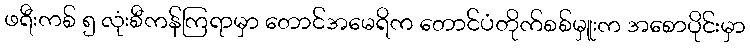
ဖရီးကစ် ၅ လုံးစီကန်ကြရာမှာ တောင်အမေရိက တောင်ပံတိုက်စစ်မှူးက အစောပိုင်းမှာ